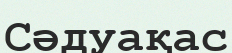
Сәдуақас